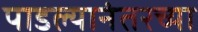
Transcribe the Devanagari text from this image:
पाडल्यानंतरच्या